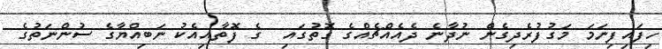
ހިފައިފިނަމަ މަގުފުރެދިގެން ނުދާނެ ދެއެއްޗެއްގެ ގޮތުގައި  ގެ ފޮތާއިއެކު ނަބިއްޔާގެ ސުންނަތުގެ